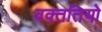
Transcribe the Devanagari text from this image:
वक्ततियो